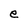
Character: e